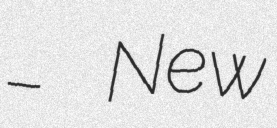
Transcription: – New